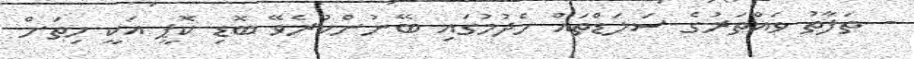
- ތަފާތު ވައްތަރުގެ ސަލަޑްތައް ހެދުމުގައި ބޭނުންކުރެވޭ ބޮޑި ކޮޕީ އަކީ ހިތަށް